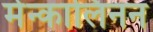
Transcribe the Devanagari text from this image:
मेन्कालिनन